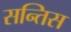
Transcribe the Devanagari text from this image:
सन्तिस